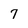
Character: 7